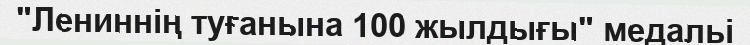
"Лениннiң туғанына 100 жылдығы" медальі